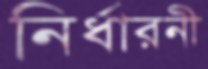
নির্ধারনী